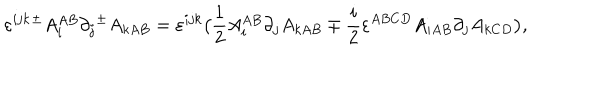
\varepsilon ^ { i j k } { ^ { \pm } } A _ { i } ^ { A B } \partial _ { j } { ^ { \pm } } A _ { k A B } = \varepsilon ^ { i j k } \big ( { \frac { 1 } { 2 } } A _ { i } ^ { A B } \partial _ { j } A _ { k A B } \mp { \frac { i } { 2 } } \varepsilon ^ { A B C D } A _ { i A B } \partial _ { j } A _ { k C D } \big ) ,